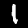
Digit: 1